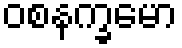
ဝစနက္ခမော